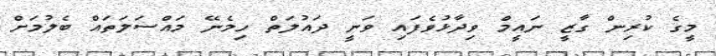
މީގެ ކުރިން ގާޒީ ނައީމް ވިދާޅުވެފައި ވަނީ ދައުލަތް ހިމެނޭ މައްސަލަތައް ބެލުމަށް